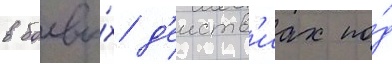
в боевы́х д'еиств'иах по́д